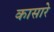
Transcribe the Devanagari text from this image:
कासारे